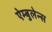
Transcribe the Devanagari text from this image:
ऐम्बुलेन्स